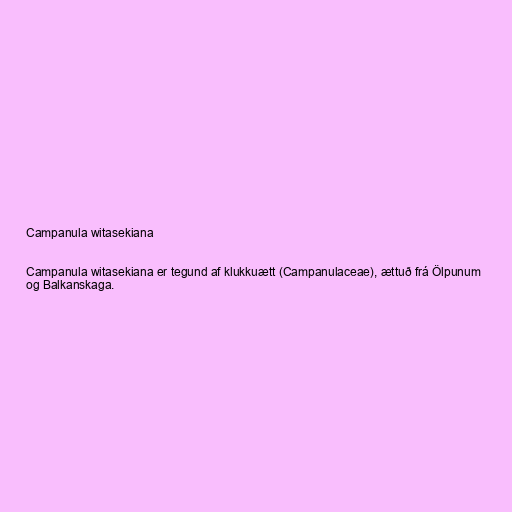
Campanula witasekiana

Campanula witasekiana er tegund af klukkuætt (Campanulaceae), ættuð frá Ölpunum
og Balkanskaga.